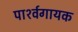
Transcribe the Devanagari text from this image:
पार्श्‍वगायक